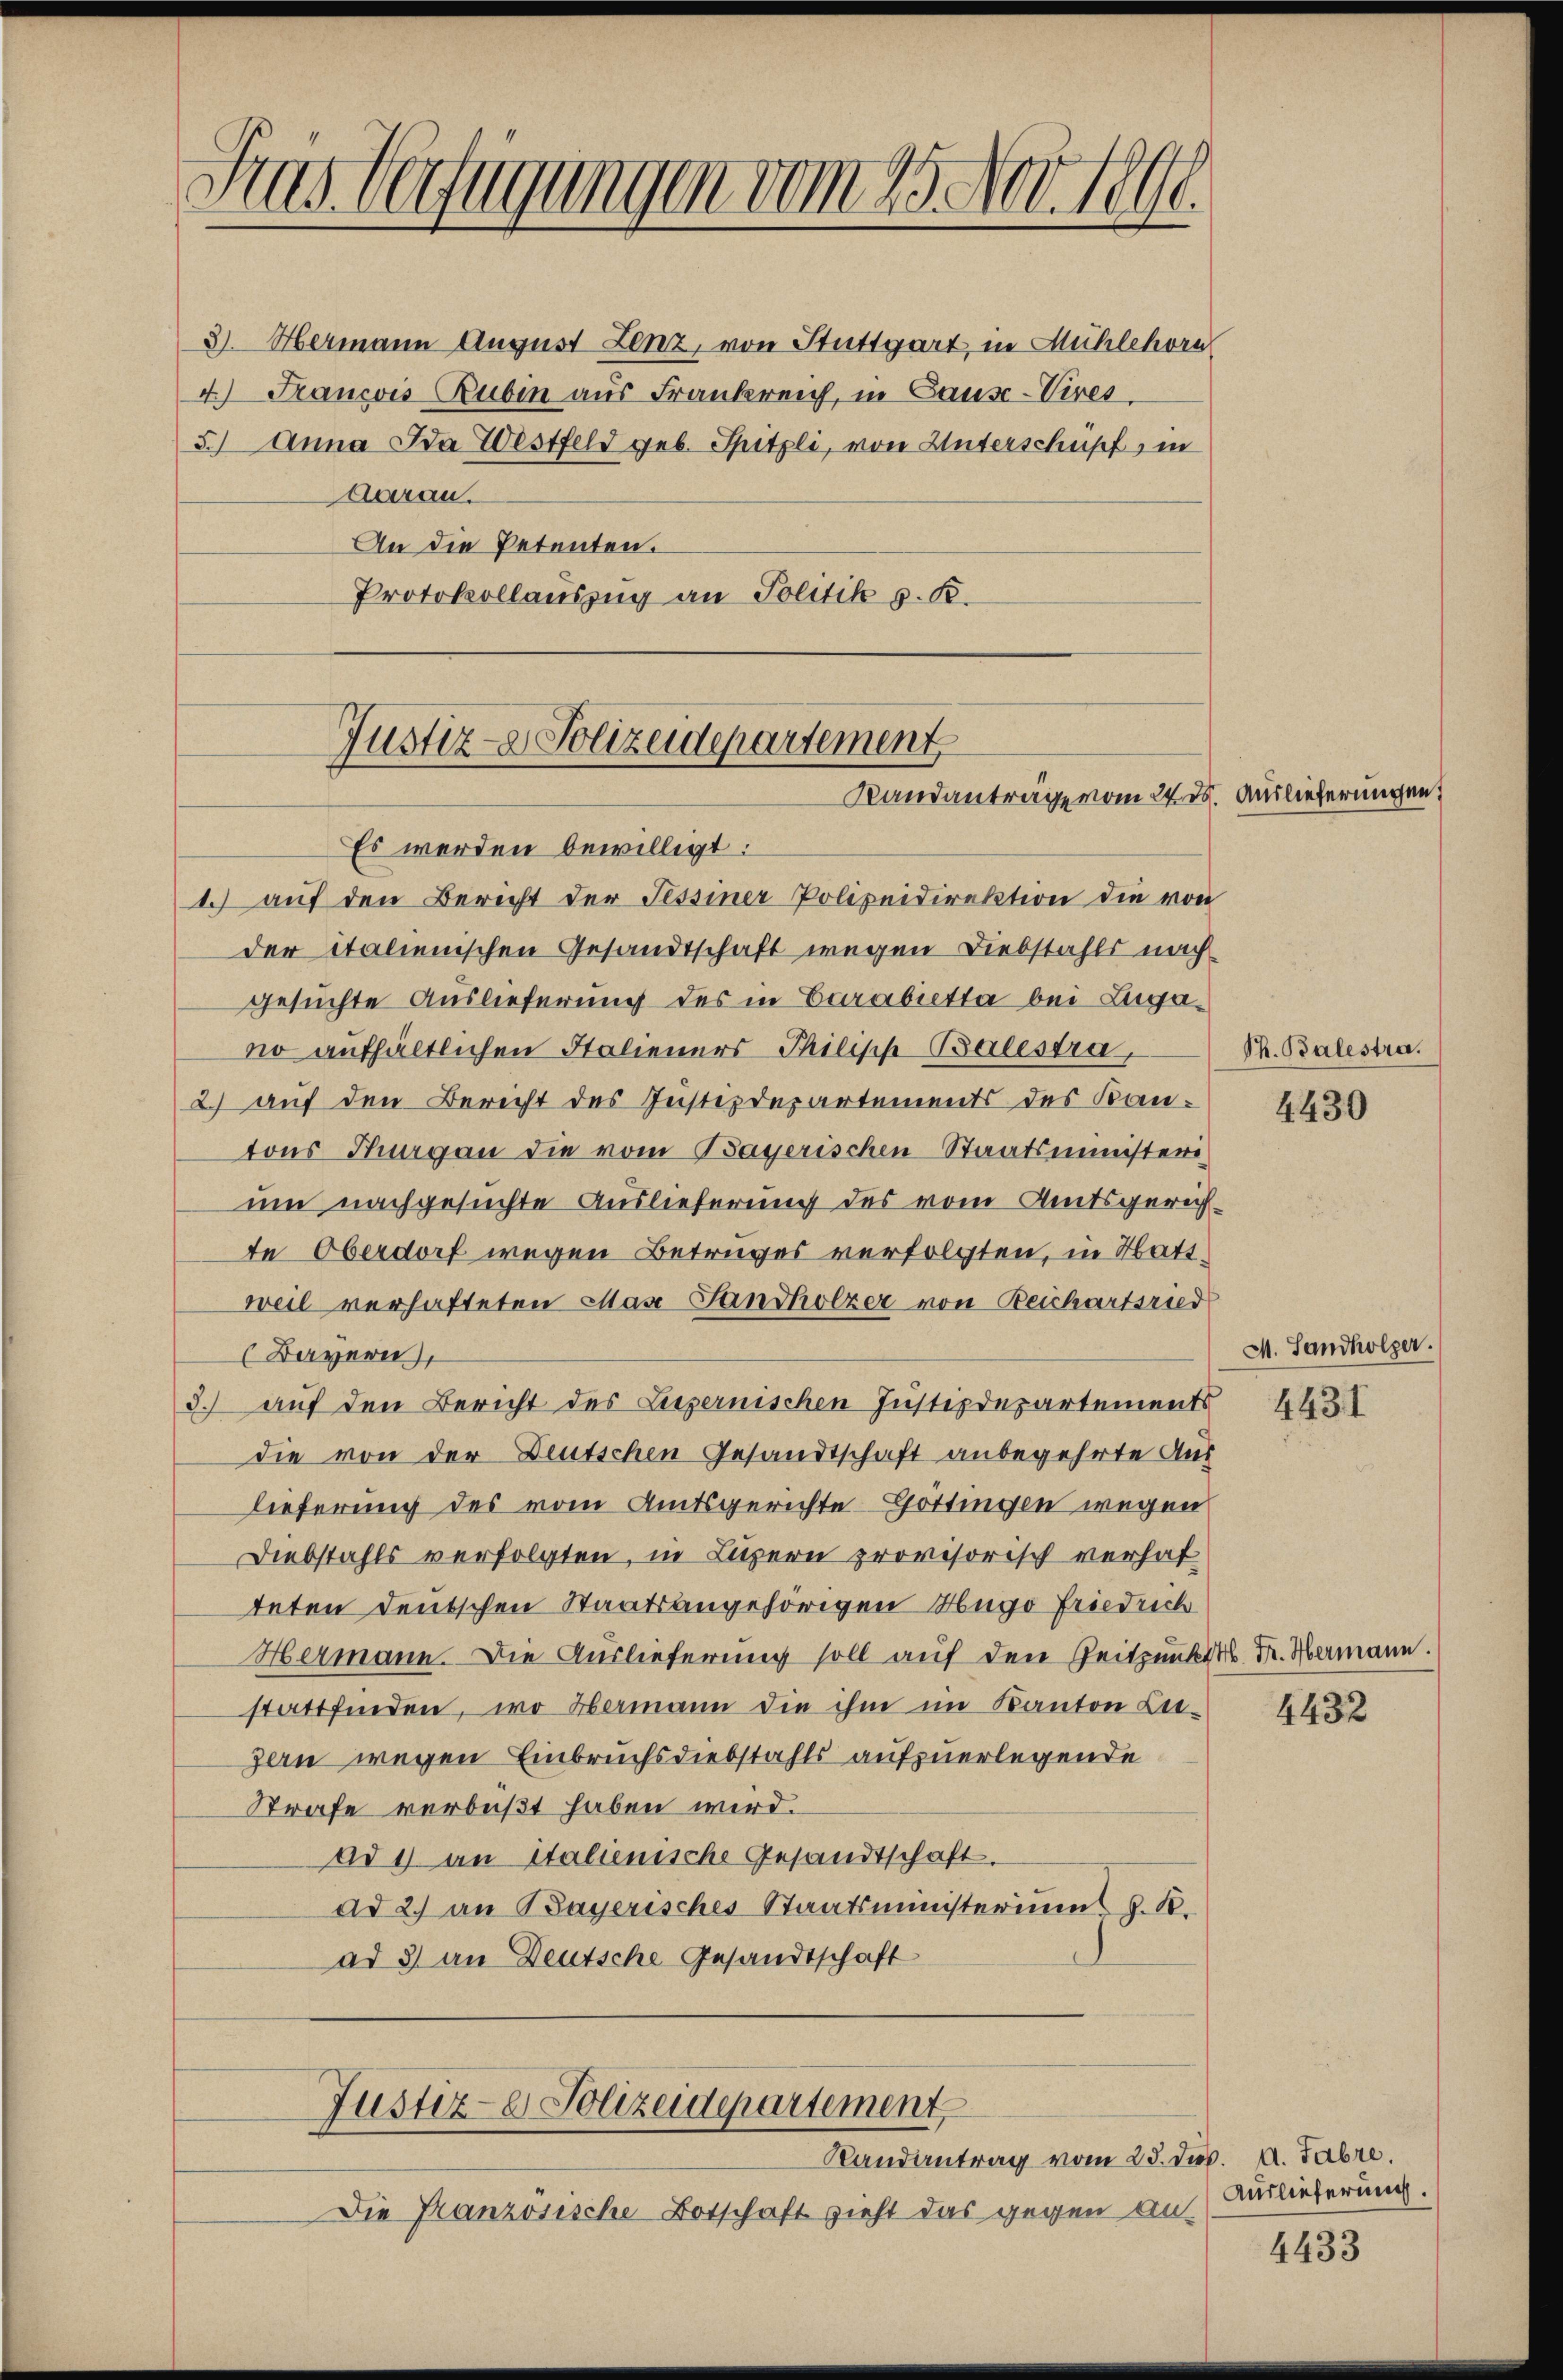
Das Verfügungen vom 25. Nov. 1890.

3) Hermann August Lenz, von Stuttgart, in Mühlehorn
4.) Francois Rubin aus Frankreich, in Cause-Vires.
3.) Anna Aa Westfeld geb. Spitzli, von Unterschupf, in
Aarau
An die Petenten.
Protokollauszug an Politik z. B.

Justiz- & Polizeidepartement
Randanträge vom 24. ds. Auslieferungen

Die Pranzösische Botschaft zieht das gegen an¬

Justiz- & Polizeidepartement
Randantrag vom 23. ds. A. Fabre

Es werden bewilligt:
1.) auf den Bericht der Tessiner Polizeidirektion die von
der italienischen Gesandtschaft wegen Diebstahls nachgesuchte Auslieferung des in Carabietta bei Lugano aufhältlichen Italieners Philische Balestra,
2) auf den Bericht des Justizdepartements des Kantons Hungau die vom Bayerischen Staatsministerium nachgesuchte Auslieferung des vom Amtsgerichte Oberdorf wegen Betruges verfolgten, in Wattweil verhafteten Mase-Landholzer von Beichartsried
(Bayern,
3.) auf den Bericht des Liezernischen Justizdepartements
die von der Deutschen Gesandtschaft anbegehrte Aus
lieferung des vom Amtsgerichte Göttingen wegen
Diebstahls verfolgten, in Luzern provisorisch verhaf
teten Deutschen Staatsangehörigen Hugo Friedrich
Hermann. Die Auslieferung soll auf den Zeitpunkt Fr. Hermann.
stattfinden, wo übermann die ihm im Kanton Lie-
zern wegen Einbruchsdiebstahls aufzuerlegende
Strafe verbüßt haben wird.
ad 1) an italienische Gesandtschaft.
ad 2. an Bayerisches Staatsministeriums z. B.
ad 3 an Deutsche Gesandtschaft

Sh. Balestra.
4430

M. Landholzer.
4431

4432

Auslieferung.
4433